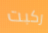
ركبت